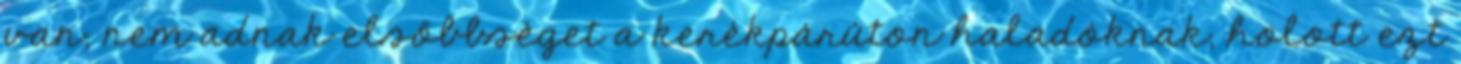
van, nem adnak elsőbbséget a kerékpárúton haladóknak, holott ezt